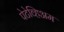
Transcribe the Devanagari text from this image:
पेटेव्हिअम